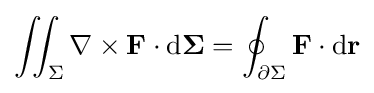
\iint _{\Sigma }\nabla \times \mathbf {F} \cdot \mathrm {d} \mathbf {\Sigma } =\oint _{\partial \Sigma }\mathbf {F} \cdot \mathrm {d} \mathbf {r}